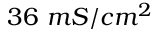
3 6 \ m S / c m ^ { 2 }